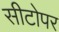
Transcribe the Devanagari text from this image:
सीटोपर